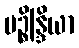
ပဉ္စိန္ဒြိယာ